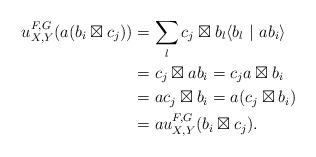
LaTeX: \begin{align*}u^{F,G}_{X,Y}(a(b_{i}\boxtimes c_{j}))&=\sum_{l}c_{j}\boxtimes b_{l}\langle b_{l}\ |\ ab_{i}\rangle\\&=c_{j}\boxtimes ab_{i}=c_{j}a\boxtimes b_{i}\\&=ac_{j}\boxtimes b_{i}=a(c_{j}\boxtimes b_{i})\\&=au^{F,G}_{X,Y}(b_{i}\boxtimes c_{j}).\end{align*}